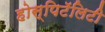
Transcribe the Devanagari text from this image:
होस्पिटॅलिटी